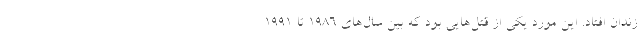
زندان افتاد. این مورد یکی از قتل‌هایی بود که بین سال‌های ۱۹۸۶ تا ۱۹۹۱